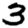
Digit: 3